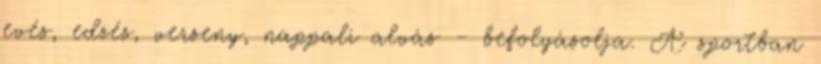
evés, edzés, verseny, nappali alvás - befolyásolja. A sportban